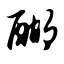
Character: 醐